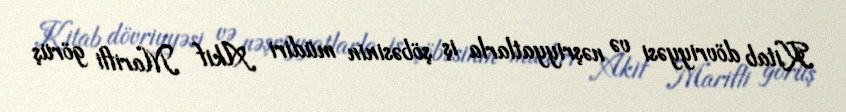
Kitab dövriyyəsi və nəşriyyatlarla iş şöbəsinin müdiri Akif Marifli görüş